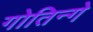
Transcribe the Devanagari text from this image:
गोतिन्गे